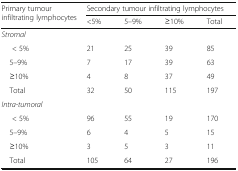
<table><thead><tr><td rowspan="2"><b>Primary tumour infiltrating lymphocytes</b></td><td colspan="4"><b>Secondary tumour infiltrating lymphocytes</b></td></tr><tr><td><b>&lt;5%</b></td><td><b>5–9%</b></td><td><b>≥10%</b></td><td><b>Total</b></td></tr></thead><tbody><tr><td colspan="5"><i>Stromal</i></td></tr><tr><td>&lt; 5%</td><td>21</td><td>25</td><td>39</td><td>85</td></tr><tr><td> 5–9%</td><td>7</td><td>17</td><td>39</td><td>63</td></tr><tr><td> ≥10%</td><td>4</td><td>8</td><td>37</td><td>49</td></tr><tr><td> Total</td><td>32</td><td>50</td><td>115</td><td>197</td></tr><tr><td colspan="5"><i>Intra-tumoral</i></td></tr><tr><td>&lt; 5%</td><td>96</td><td>55</td><td>19</td><td>170</td></tr><tr><td> 5–9%</td><td>6</td><td>4</td><td>5</td><td>15</td></tr><tr><td> ≥10%</td><td>3</td><td>5</td><td>3</td><td>11</td></tr><tr><td> Total</td><td>105</td><td>64</td><td>27</td><td>196</td></tr></tbody></table>